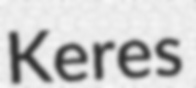
Keres